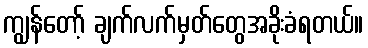
ကျွန်တော့် ချက်လက်မှတ်တွေအခိုးခံရတယ်။